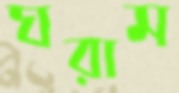
ঘরাম